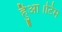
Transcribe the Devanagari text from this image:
हैुआ।टिम